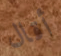
أقال